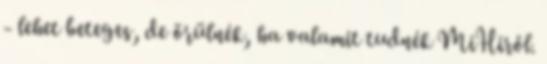
- lehet beteges, de örülnék, ha valamit tudnék MiHiről.